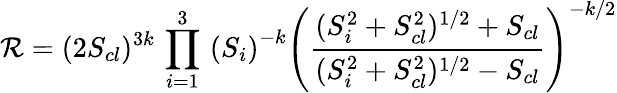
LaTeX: {\cal R}=(2S_{cl})^{3k}\, \prod_{i=1}^{3}\, \left(S_{i}\right)^{-k}\left(\frac{(S_{i}^{2}+S_{cl}^{2})^{1/2}+S_{cl}}{(S_{i}^{2}+S_{cl}^{2})^{1/2}-S_{cl}}\right)^{-k/2}